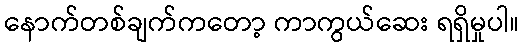
နောက်တစ်ချက်ကတော့ ကာကွယ်ဆေး ရရှိမှုပါ။